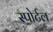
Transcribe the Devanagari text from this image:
स्पोर्टल